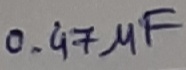
Text: 0.47µF